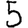
Digit: 5